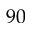
9 0